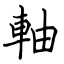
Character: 軸